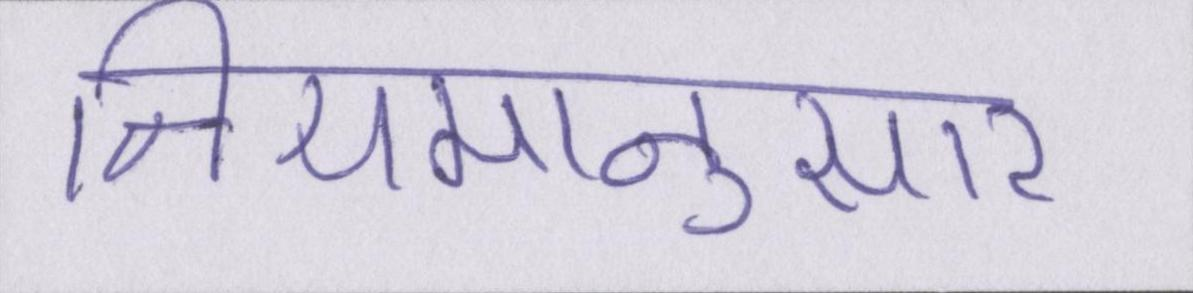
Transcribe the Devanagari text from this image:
नियमानुसार